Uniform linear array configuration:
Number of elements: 12
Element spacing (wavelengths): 0.25
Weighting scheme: cosine
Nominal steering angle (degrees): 0
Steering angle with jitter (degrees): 1.732
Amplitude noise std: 0.05
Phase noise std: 0.05

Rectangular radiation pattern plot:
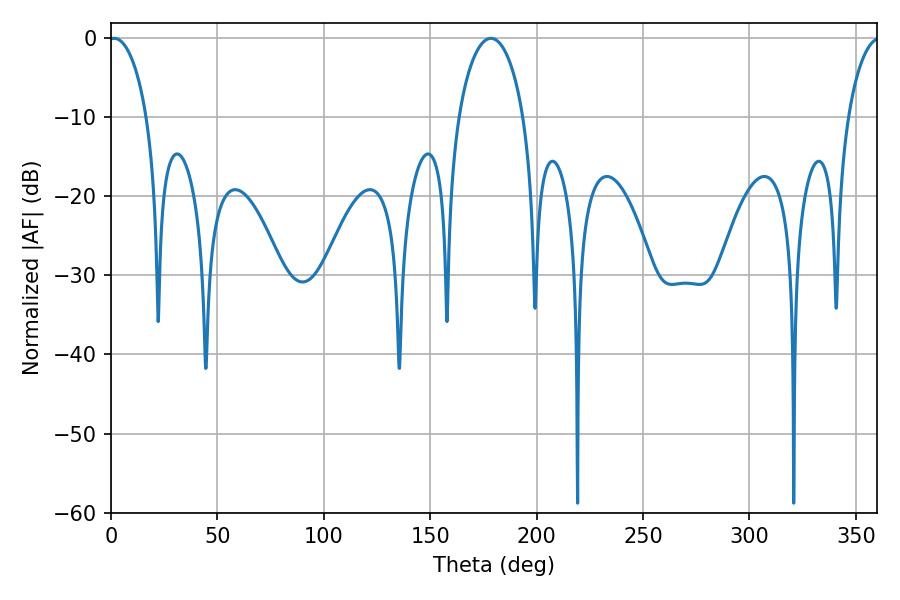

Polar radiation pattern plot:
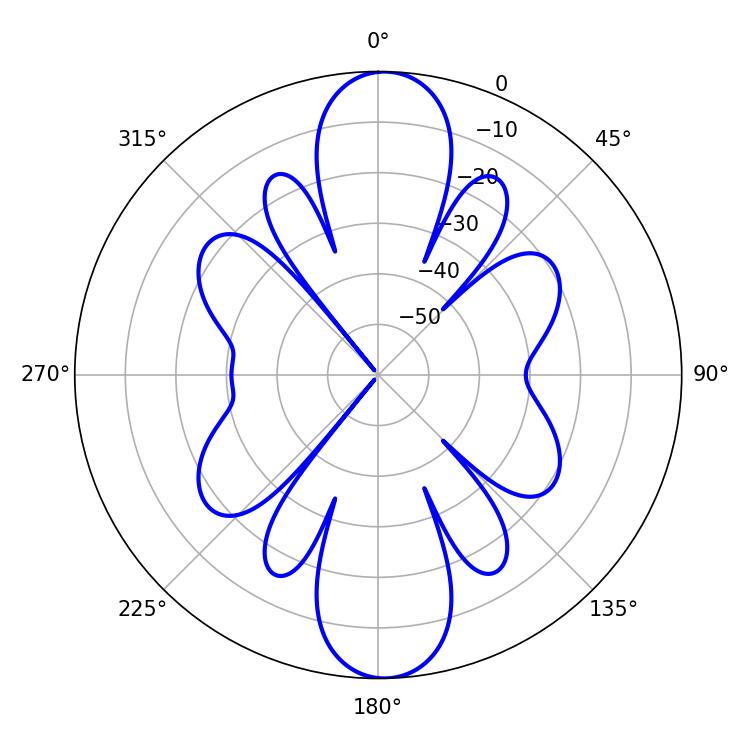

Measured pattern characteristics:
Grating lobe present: FALSE
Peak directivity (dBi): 20.852
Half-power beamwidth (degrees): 10.26
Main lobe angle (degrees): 1.44